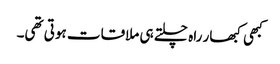
کبھی کبھار راہ چلتے ہی ملاقات ہوتی تھی۔